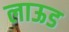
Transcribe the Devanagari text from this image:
लाऊड